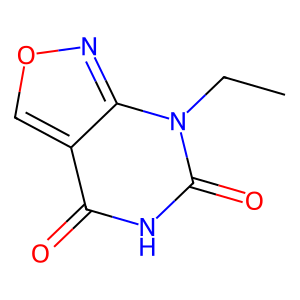
SMILES: CCn1c(=O)[nH]c(=O)c2conc21
Inhibits HIV replication: No